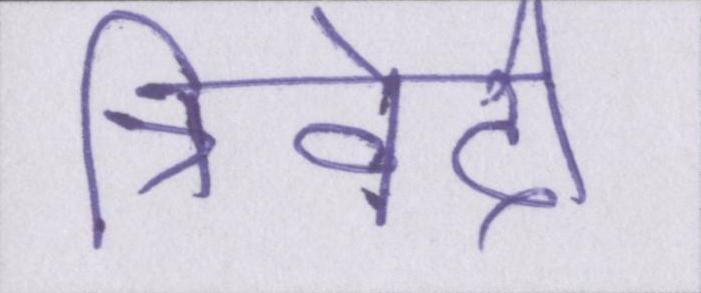
त्रिवेदी